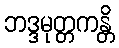
ဘဒ္ဒမုတ္တကန္တိ